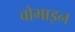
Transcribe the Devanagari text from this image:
वोभाइन